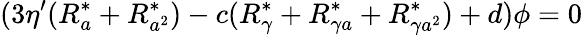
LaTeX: (3\eta^{\prime}(R_{a}^{\ast}+R_{a^{2}}^{\ast})-c(R_{\gamma}^{\ast}+R_{\gamma a}^{\ast}+R_{\gamma a^{2}}^{\ast})+d)\phi=0